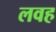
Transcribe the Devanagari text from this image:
लवह